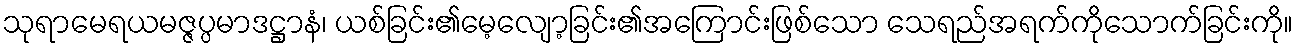
သုရာမေရယမဇ္ဇပ္ပမာဒဋ္ဌာနံ၊ ယစ်ခြင်း၏မေ့လျော့ခြင်း၏အကြောင်းဖြစ်သော သေရည်အရက်ကိုသောက်ခြင်းကို။